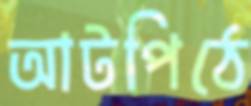
আটপিঠে